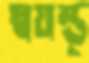
স্বয়ম্ভূ